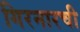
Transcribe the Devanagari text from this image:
गिरनारची